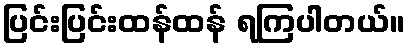
ပြင်းပြင်းထန်ထန် ရကြပါတယ်။